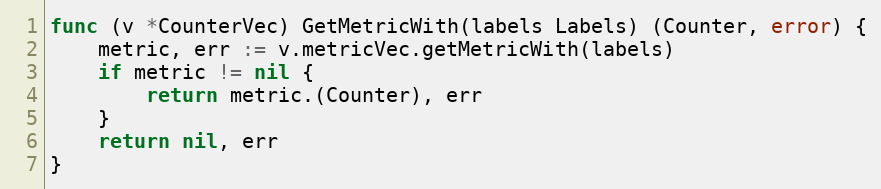
Language: Go
func (v *CounterVec) GetMetricWith(labels Labels) (Counter, error) {
	metric, err := v.metricVec.getMetricWith(labels)
	if metric != nil {
		return metric.(Counter), err
	}
	return nil, err
}